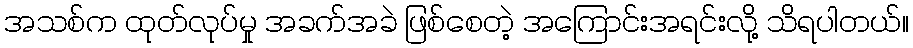
အသစ်က ထုတ်လုပ်မှု အခက်အခဲ ဖြစ်စေတဲ့ အကြောင်းအရင်းလို့ သိရပါတယ်။